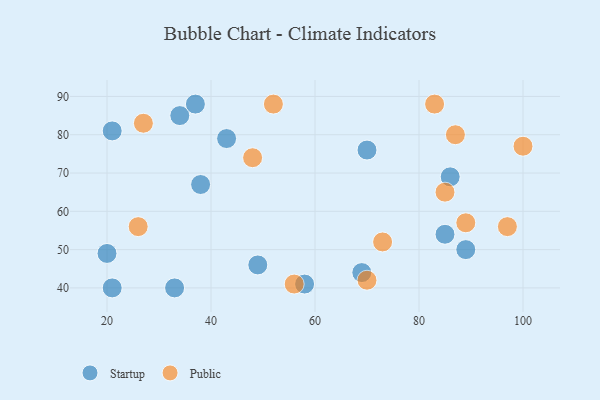
{"axis": {"x": "GDP", "y": "Life Expectancy"}, "legend": ["Public", "Startup"], "data": [{"x": "86", "y": 69, "type": "Startup"}, {"x": "33", "y": 40, "type": "Startup"}, {"x": "58", "y": 41, "type": "Startup"}, {"x": "49", "y": 46, "type": "Startup"}, {"x": "43", "y": 79, "type": "Startup"}, {"x": "20", "y": 49, "type": "Startup"}, {"x": "70", "y": 76, "type": "Startup"}, {"x": "34", "y": 85, "type": "Startup"}, {"x": "21", "y": 40, "type": "Startup"}, {"x": "89", "y": 50, "type": "Startup"}, {"x": "69", "y": 44, "type": "Startup"}, {"x": "85", "y": 54, "type": "Startup"}, {"x": "38", "y": 67, "type": "Startup"}, {"x": "37", "y": 88, "type": "Startup"}, {"x": "21", "y": 81, "type": "Startup"}, {"x": "89", "y": 57, "type": "Public"}, {"x": "27", "y": 83, "type": "Public"}, {"x": "26", "y": 56, "type": "Public"}, {"x": "73", "y": 52, "type": "Public"}, {"x": "48", "y": 74, "type": "Public"}, {"x": "97", "y": 56, "type": "Public"}, {"x": "85", "y": 65, "type": "Public"}, {"x": "83", "y": 88, "type": "Public"}, {"x": "56", "y": 41, "type": "Public"}, {"x": "52", "y": 88, "type": "Public"}, {"x": "87", "y": 80, "type": "Public"}, {"x": "100", "y": 77, "type": "Public"}, {"x": "70", "y": 42, "type": "Public"}]}